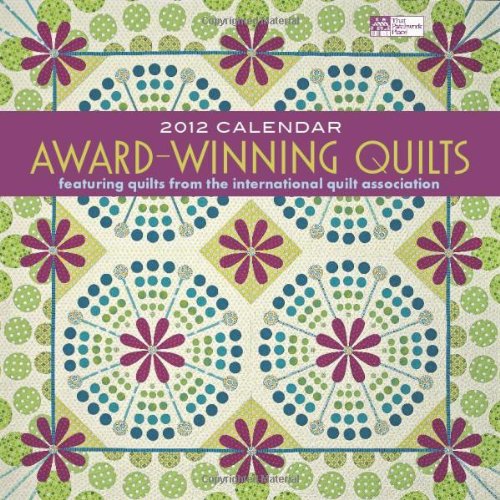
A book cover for Award-Winning Quilts 2012 Calendar: Featuring Quilts from the International Quilt Association; That Patchwork Place; Calendars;